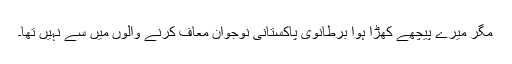
مگر میرے پیچھے کھڑا ہوا برطانوی پاکستانی نوجوان معاف کرنے والوں میں سے نہیں تھا۔